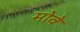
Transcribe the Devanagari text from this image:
मोवे